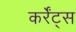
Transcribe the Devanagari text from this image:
कर्रेंट्स